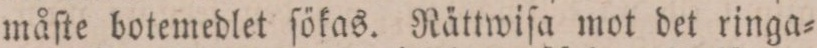
måſte botemedlet ſökas. Rättwiſa mot det ringa=